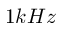
1 k H z